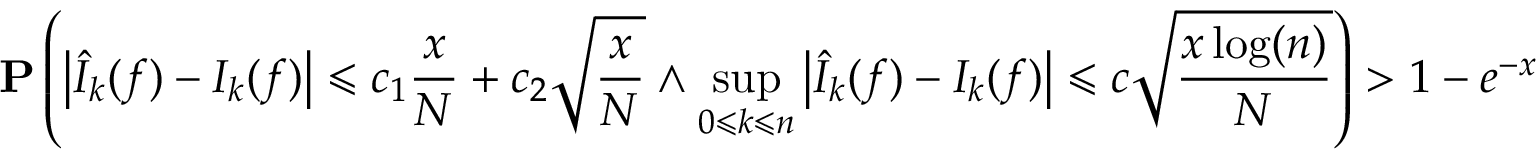
\mathbf { P } \left( \left| { \widehat { I } } _ { k } ( f ) - I _ { k } ( f ) \right| \leqslant c _ { 1 } { \frac { x } { N } } + c _ { 2 } { \sqrt { \frac { x } { N } } } \land \operatorname* { s u p } _ { 0 \leqslant k \leqslant n } \left| { \widehat { I } } _ { k } ( f ) - I _ { k } ( f ) \right| \leqslant c { \sqrt { \frac { x \log ( n ) } { N } } } \right) > 1 - e ^ { - x }